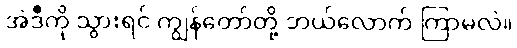
အဲဒီကို သွားရင် ကျွန်တော်တို့ ဘယ်လောက် ကြာမလဲ။